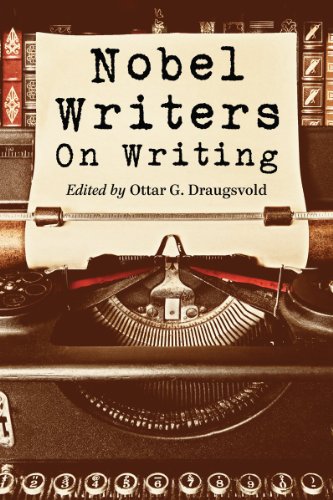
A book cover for Nobel Writers on Writing; Ottar G. Draugsvold; Literature & Fiction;